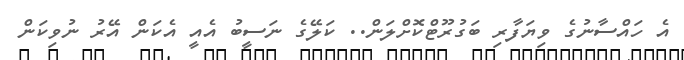
އެ ހައްސާނުގެ ވިޔަފާރި ބަގުރޫޓްކޮށްލަން.. ކަލޭގެ ނަސީބު އެއީ އެކަން އޭރު ނުވިކަން